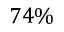
7 4 \%